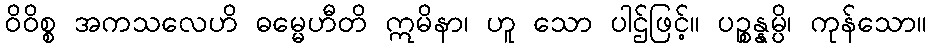
ဝိဝိစ္စ အကသလေဟိ ဓမ္မေဟီတိ ဣမိနာ၊ ဟူ သော ပါဌ်ဖြင့်။ ပဉ္စန္နမ္ပိ၊ ကုန်သော။